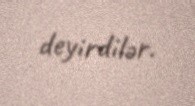
deyirdilər.